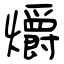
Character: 爝